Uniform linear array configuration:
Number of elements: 64
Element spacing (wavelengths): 0.75
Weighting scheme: hamming
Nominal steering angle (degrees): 0
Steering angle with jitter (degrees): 1.767
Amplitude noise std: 0.05
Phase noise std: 0.05

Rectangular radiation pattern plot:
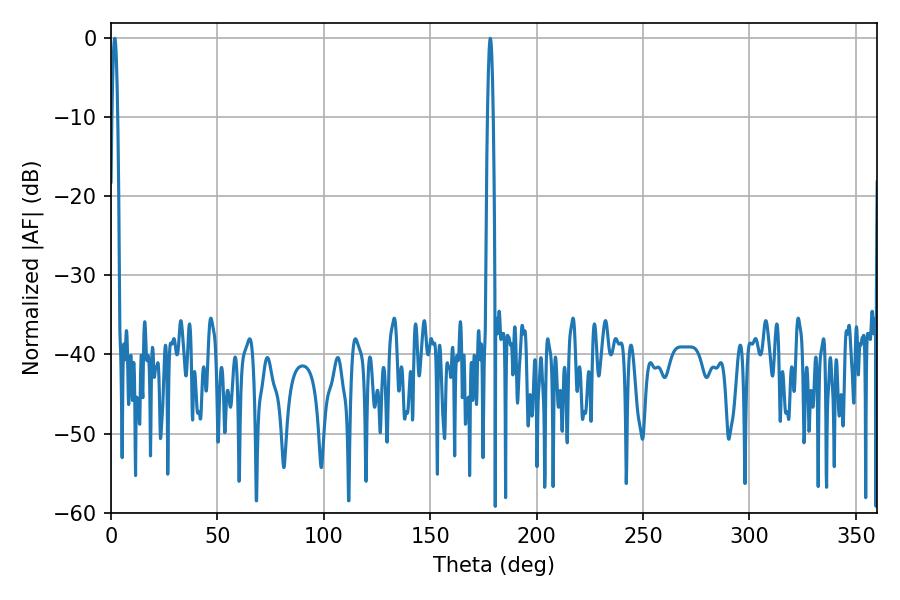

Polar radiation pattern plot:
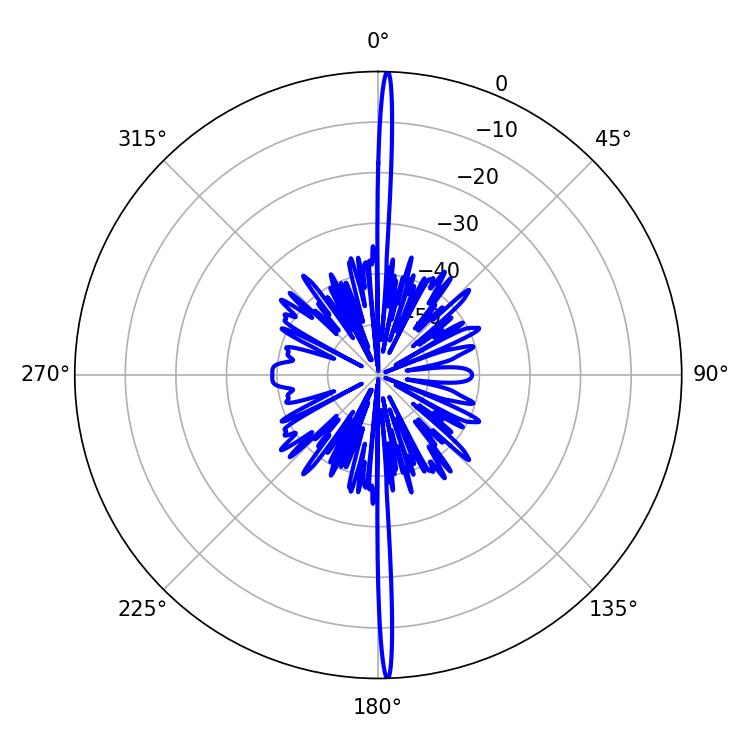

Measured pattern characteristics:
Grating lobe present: TRUE
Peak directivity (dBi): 30.629
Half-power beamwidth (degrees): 1.44
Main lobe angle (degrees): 1.8